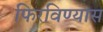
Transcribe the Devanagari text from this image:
फिरविण्यास